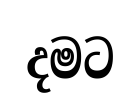
දමට